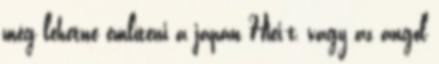
még lehetne említeni a japán Hiei-t, vagy az angol